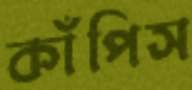
কাঁপিস